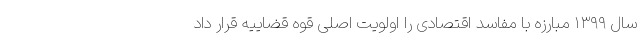
سال ۱۳۹۹ مبارزه با مفاسد اقتصادی را اولویت اصلی قوه قضاییه قرار داد